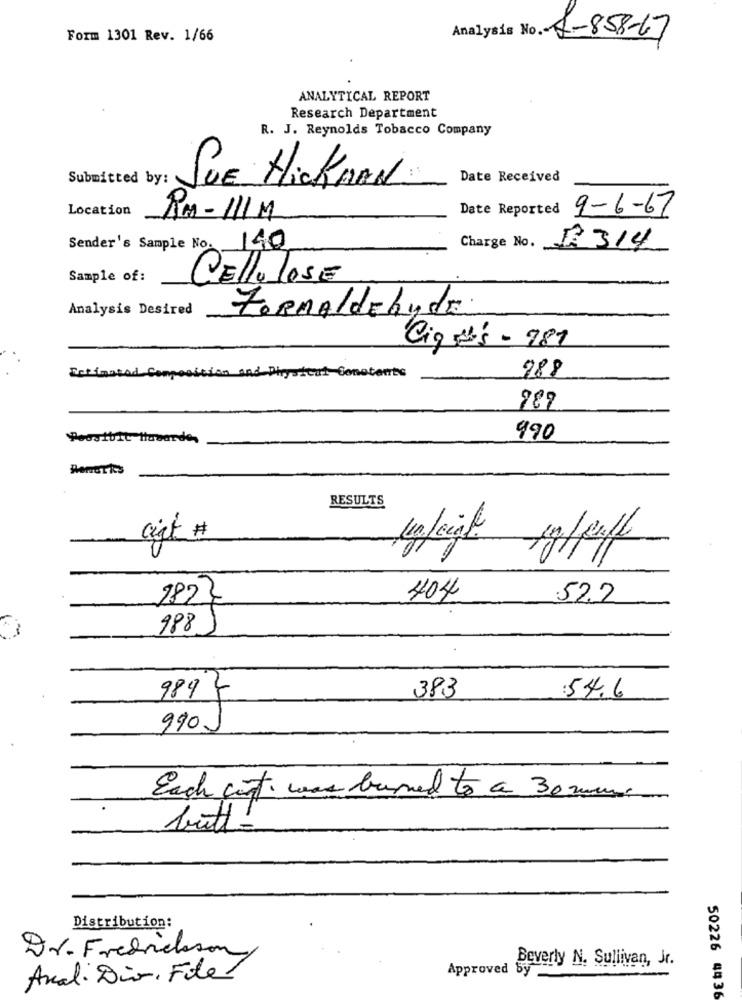
Form 1301 Rev. 1/66
8-858-67
ANALYTICAL REPORT
Research Department
R. J. Reynolds Tobacco Company
Submitted by:
Date Received
SUE HickMAN
Location
Date Reported
9-6-67
AM - 111 M
Sender's Sample No. 140
Charge No.
13314
Sample of:
CELLULOSE
Analysis Desired
FORMALdehyde
Ciones - 981
988
Estimated Compo
and Physical G
Constants
989
Poesibit Hasarde,
990
RESULTS
ciat #
+g/puff
404
522
282}
988
383
989
:54.6
9901
Each cit. was turned to a 30 min
butt-
Distribution:
Dr. Fredrickson
Approved
Beverly N. Sullivan, Jr.
Anali Dio, Fidel
50226 4436